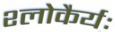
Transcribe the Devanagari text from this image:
श्लोकैर्यः